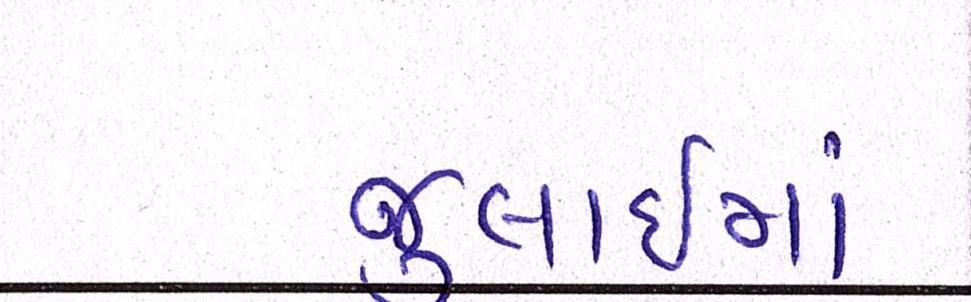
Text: જુલાઇમાં